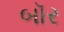
બૉર